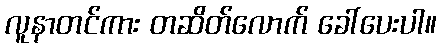
လူနာတင်ကား တဆိတ်လောက် ခေါ်ပေးပါ။